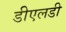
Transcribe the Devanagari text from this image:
डीएलडी